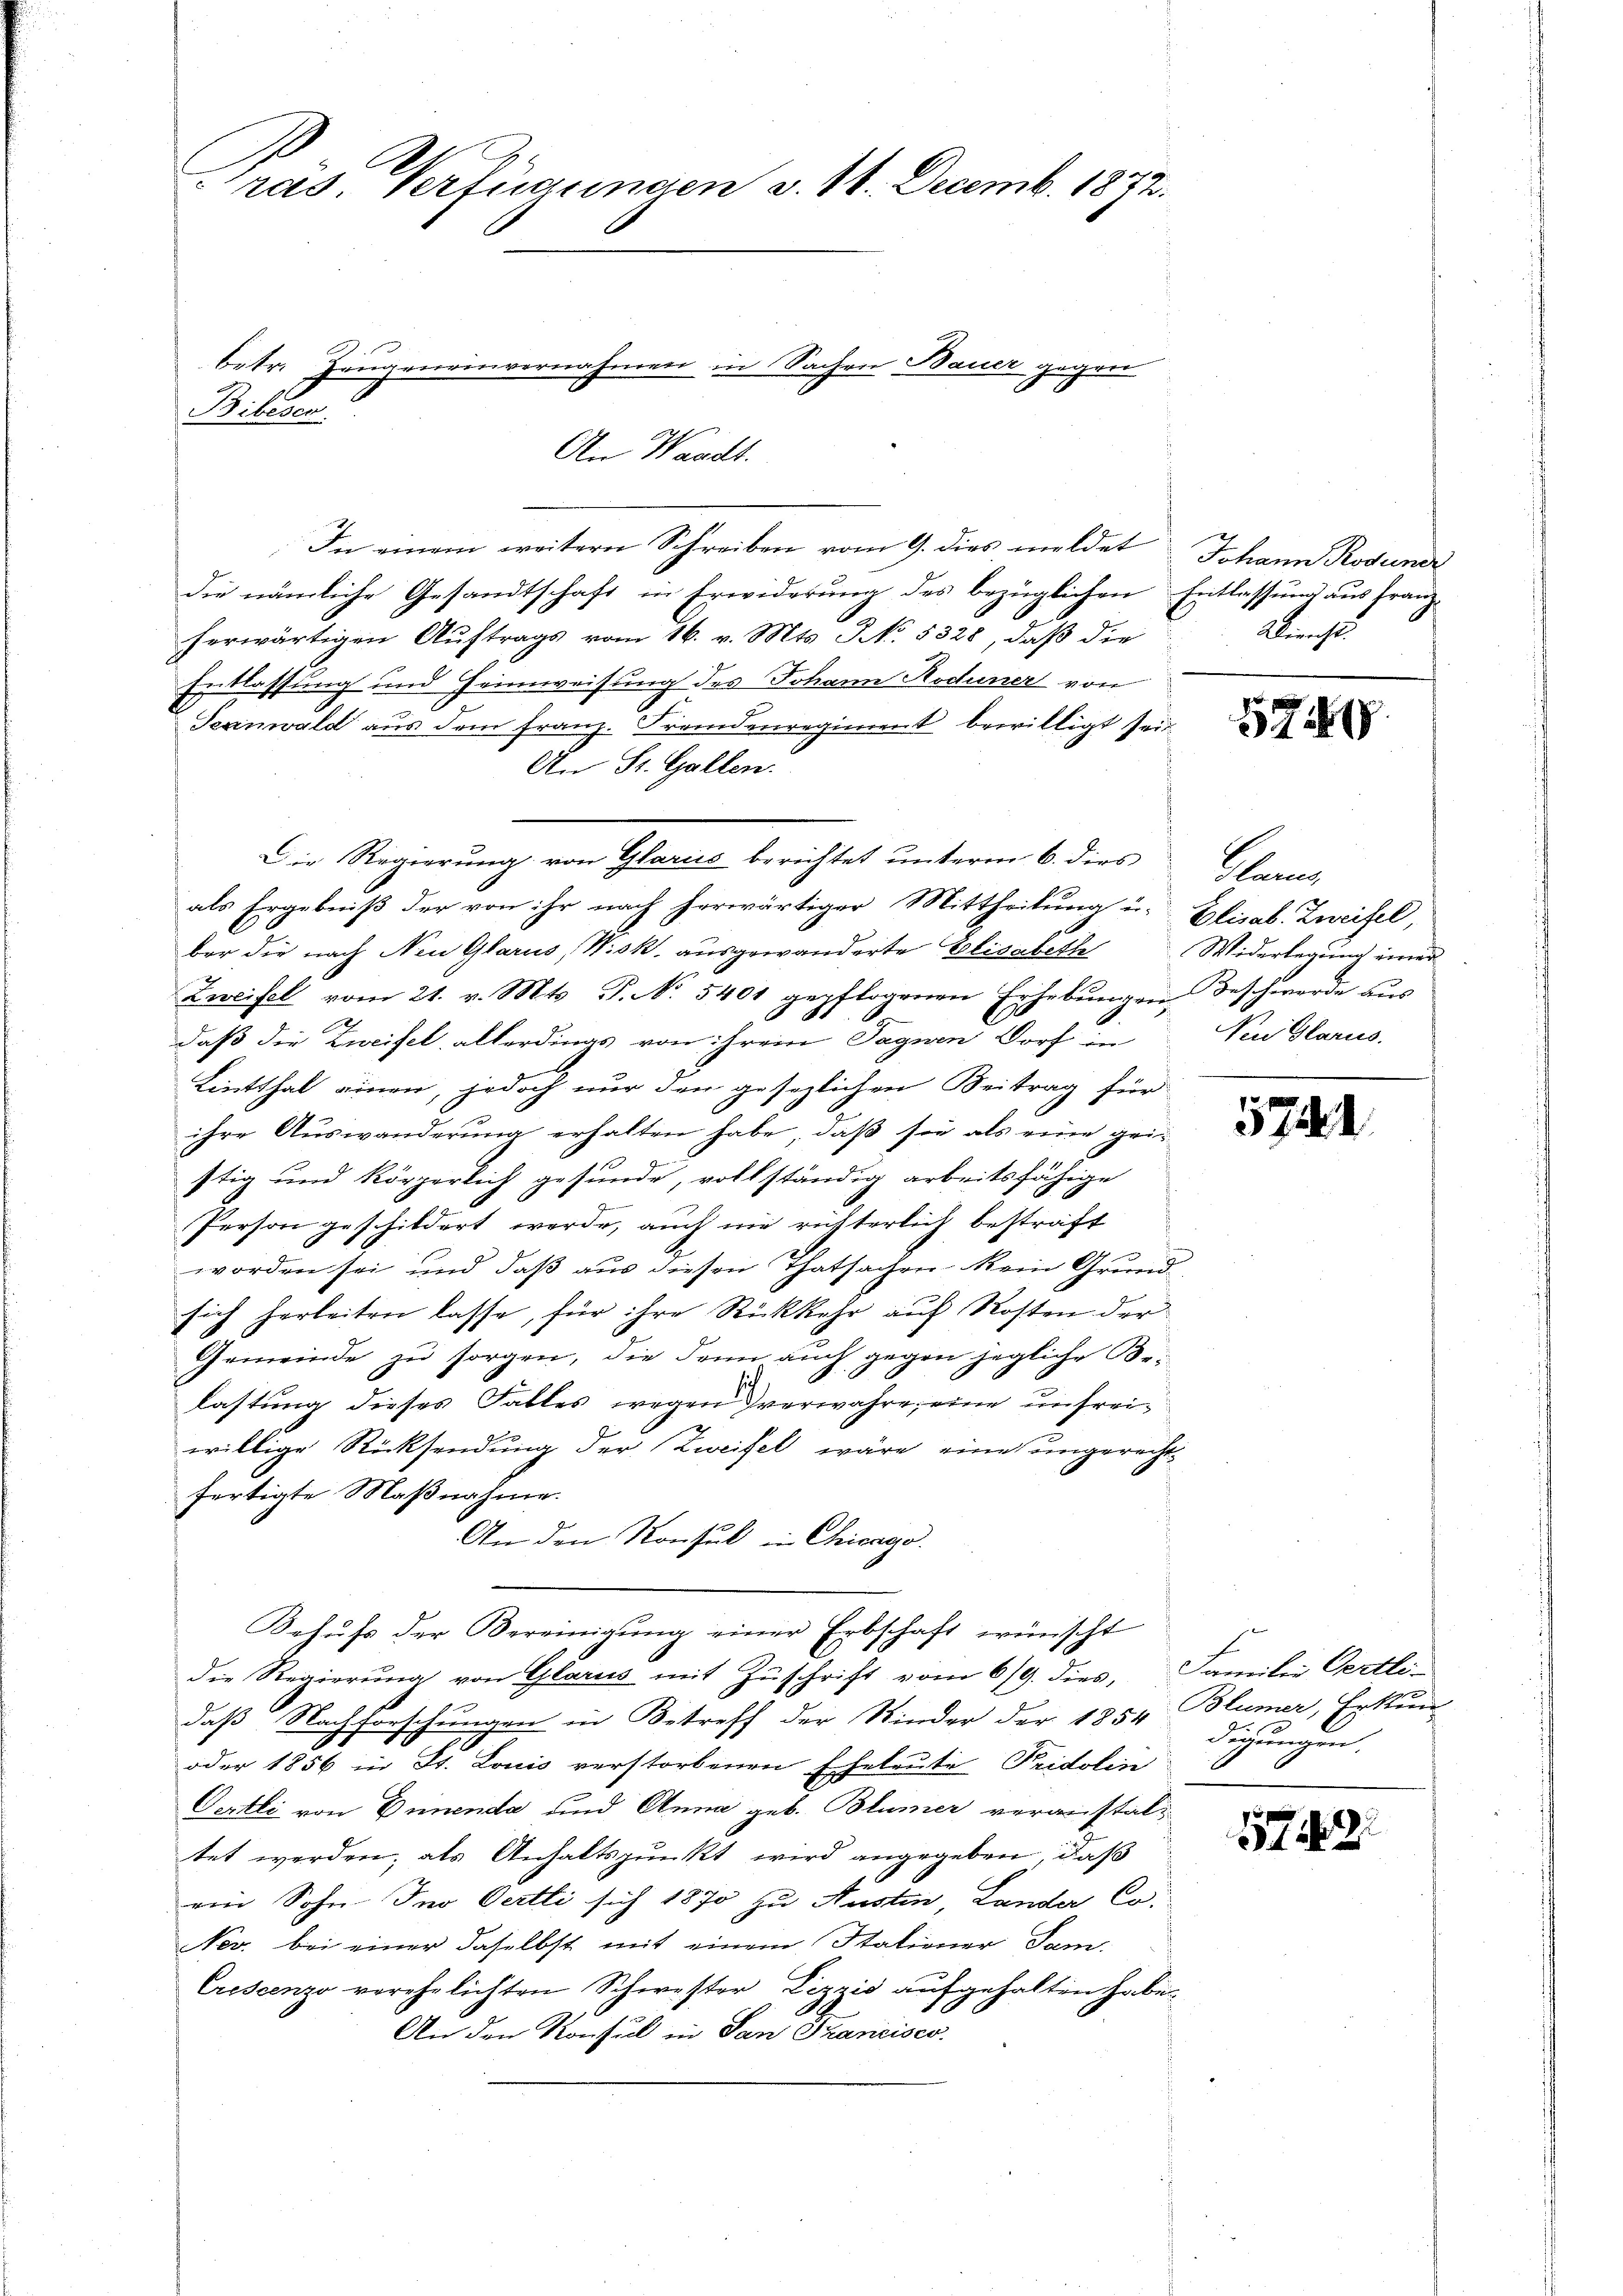
ras. Verfügungen v. 14. Decemb. 1872.

In einem weitern Schreiben vom 9. dies meldet Johann Rodund
die nämliche Gesandtschaft in Erwiderung des bezüglichen Entlassung aus Franzherwärtigen Auftrags vom 16. v. Mts. J No. 5328, daß die
Entlassung und Heimweisung des Johann Roduner von
Tesenwald aus dem Franz. Fremdenregiment bewilligt seit
An St. Gallen.
als Ergebniß der von ihr nach herwärtiger Mittheilung u. Elisab. Zweifel,
ber die nach Neu Glarus, Wisk. ausgewanderte Elisabethe Widerlegung einer
x
Zweifel vom 21. v. Mts. P. No. 5401 gepflogenen Erhebungen Beschwerde aus
daß die Zweifel, allerdings von ihrem Tagnen Dorf in
Lintthal einen, jedoch nur den gesezlichen Beitrag für
ihre Auswanderŭng erhalten habe, daß sie als eine geistig und körperlich gesunde, vollständig arbeitsfähige
Person geschildert werde, auch nie richterlich bestraft
worden sei, und daß aus diesen Thatsachen kein Grund
sich herbeiten lasse, für ihre Rückkehr auf Kosten der
Gemeinde zu sorgen, die dann auch gegen jegliche Belastung dieses Falles wegen verwahre, eine unfreiwillige Rücksendung der Zweifel wäre eine ungerechtfertigte Maßnahme.
An den Konsul in Chicago.
Behŭfs der Bereinigŭng einer Erbschaft wünscht
die Regierung von Glarus mit Zuschrift vom 6/9. dies, Familie Oertli-
daß Nachforschungen in Betreff der Kinder der 1854, Blümer, Erkun
oder 1856 in St. Louis verstorbenen Eheleute Pridolin
Oertli von Deinenda und Anna geb. Blümer veranstaltet werden; als Anhaltspunkt wird angegeben, daß
ein Sohn Jno Oertti sich 1870 zu Austen, Lander Co
Nev. bei einer daselbst mit einem Stationer Sam-
Crescenzo verehelichten Schwester Lizzić aufgehalten habe.
An den Konsul in San Francisco

betr. Zeugeneinvernahmen in Sachen Bauer gegen
Biberen.

An Waadt.

Die Regierung von Glarus berichtet unterm 6. dies

Kercht

717.

Kann
Ne Glarus.

5744.

digungen.
.

5743.